DOW-UAP-D48, Department of the Air Force Report, 1996
Agency: Department of War
Incident date: 9/10/96
Page 24
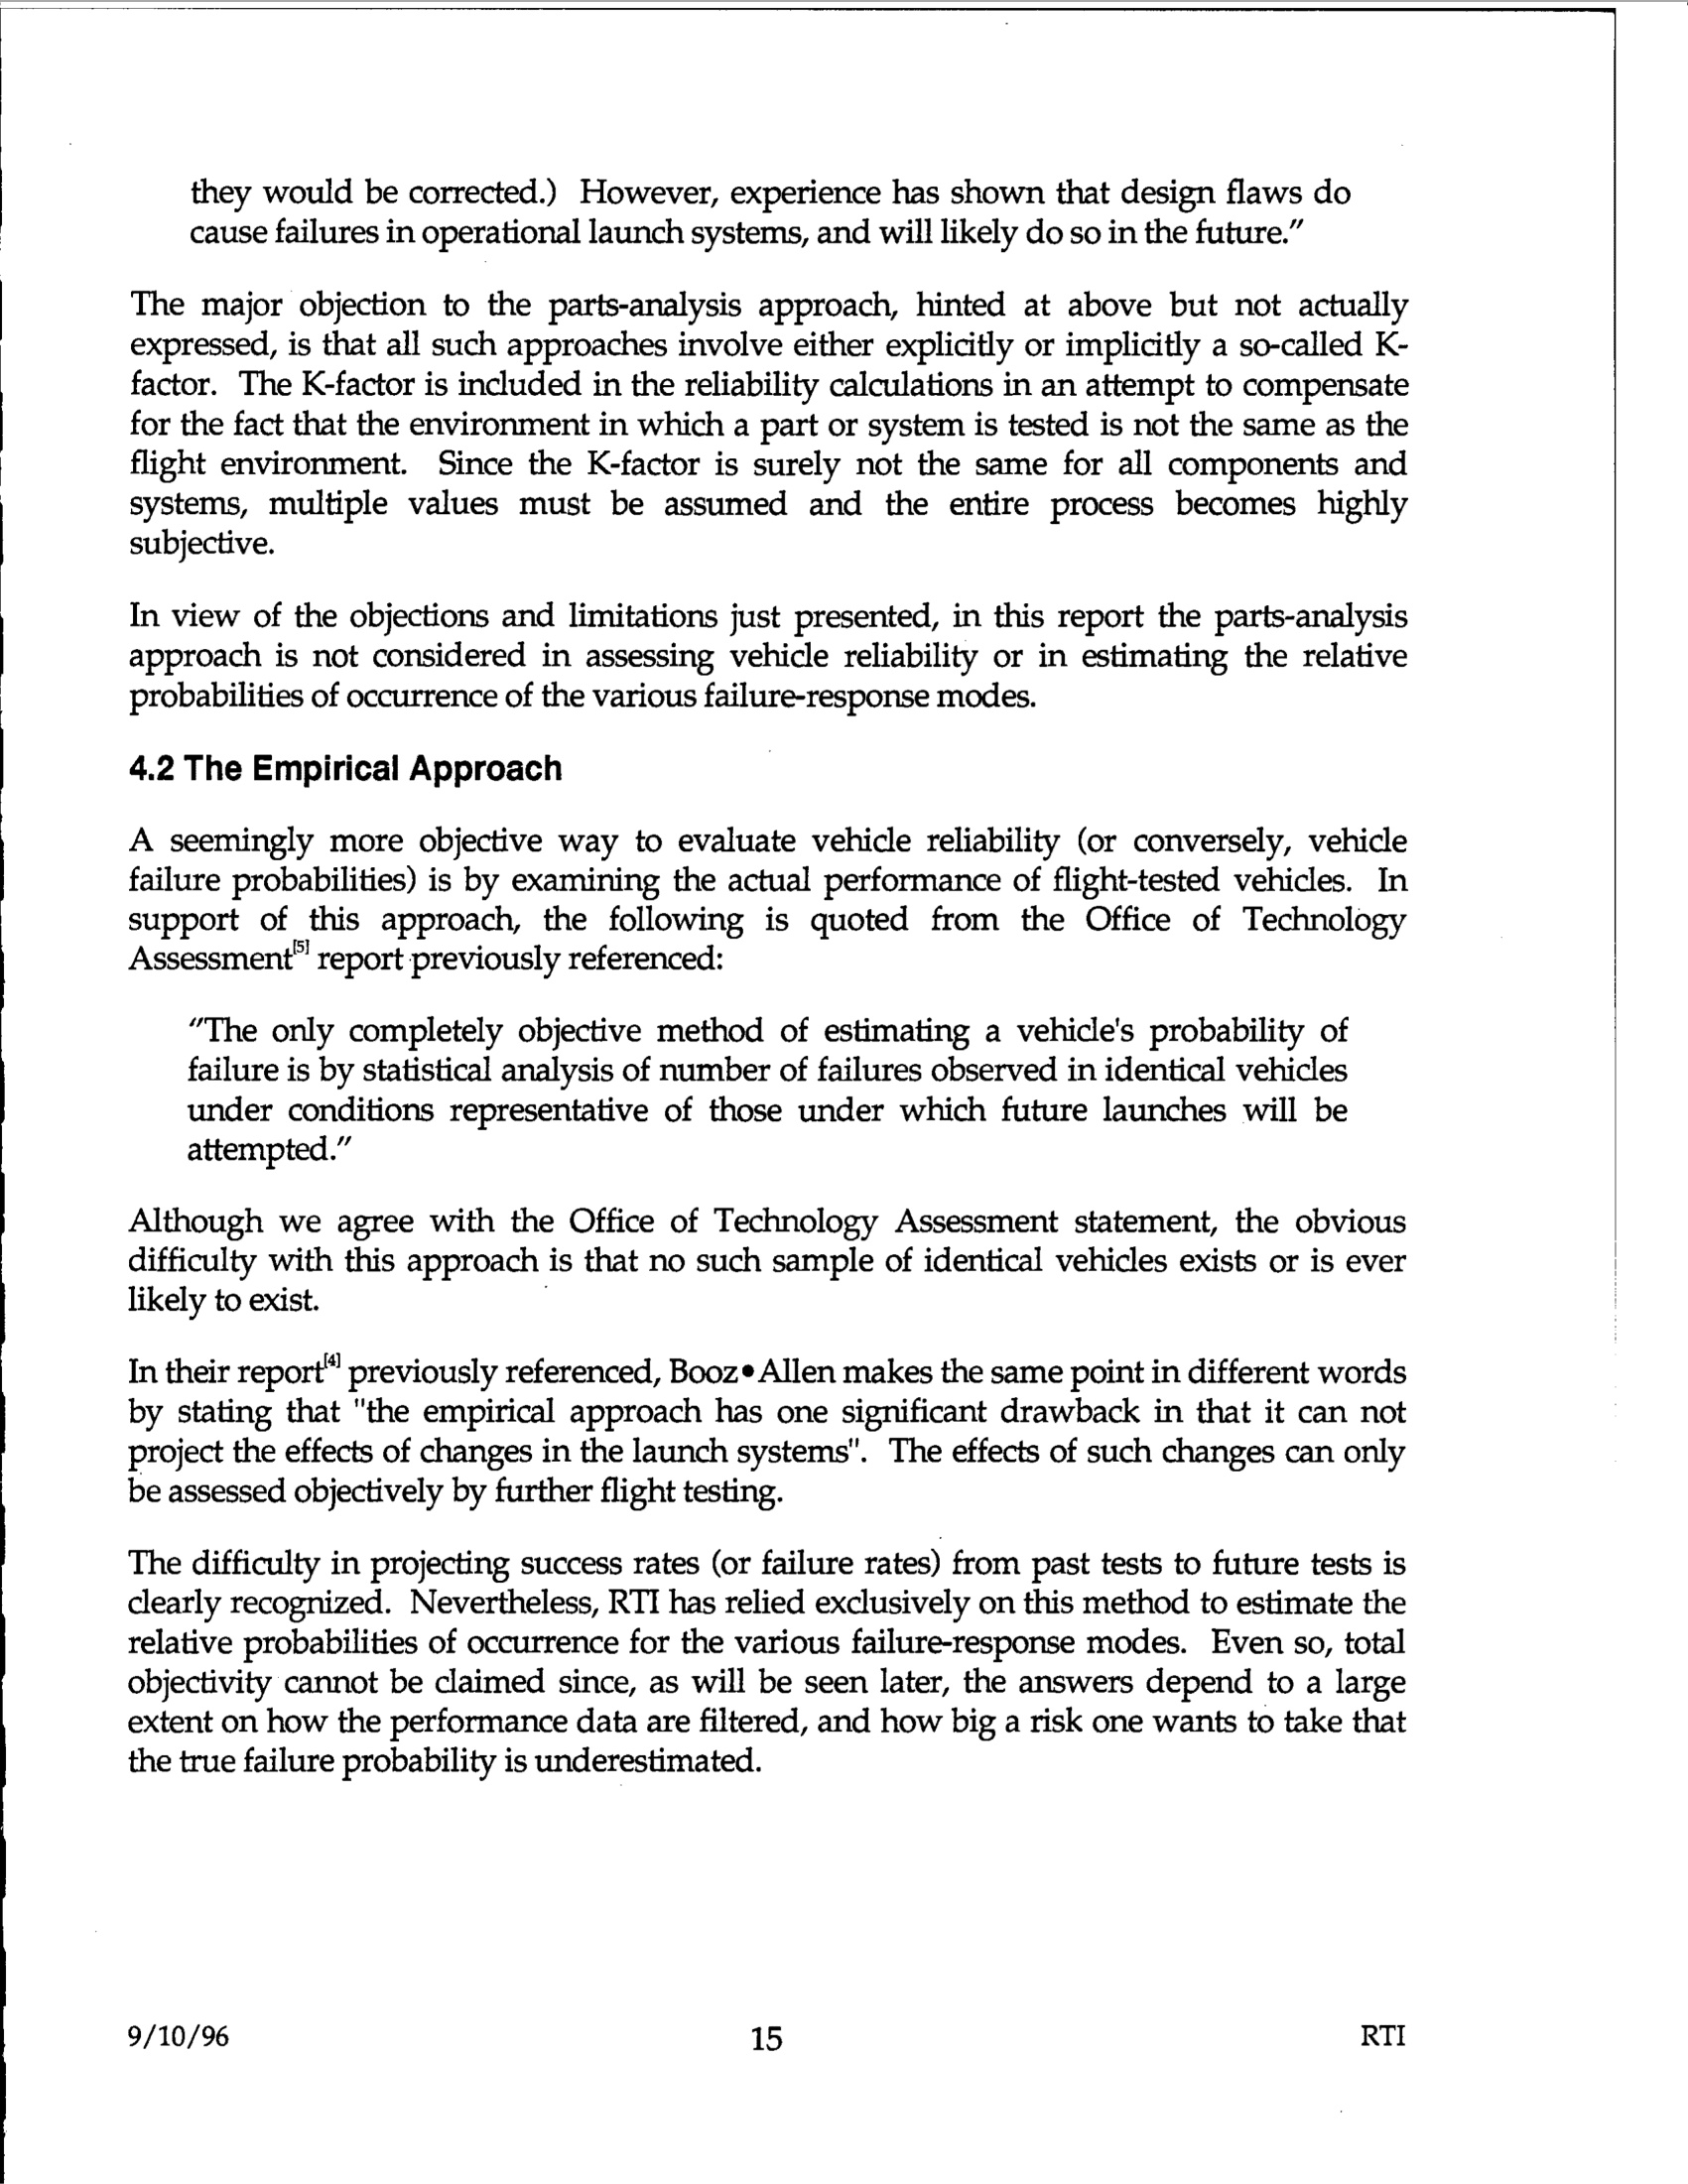